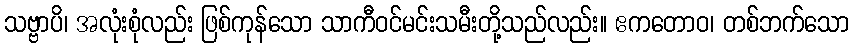
သဗ္ဗာပိ၊ အလုံးစုံလည်း ဖြစ်ကုန်သော သာကီဝင်မင်းသမီးတို့သည်လည်း။ ဧကတောဝ၊ တစ်ဘက်သော